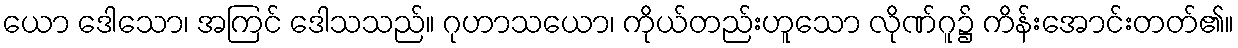
ယော ဒေါသော၊ အကြင် ဒေါသသည်။ ဂုဟာသယော၊ ကိုယ်တည်းဟူသော လိုဏ်ဂူ၌ ကိန်းအောင်းတတ်၏။